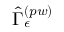
\hat { \Gamma } _ { \epsilon } ^ { \left( p w \right) }